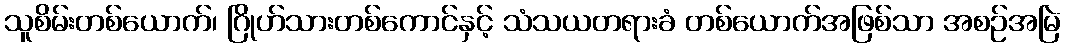
သူစိမ်းတစ်ယောက်၊ ဂြိုဟ်သားတစ်ကောင်နှင့် သံသယတရားခံ တစ်ယောက်အဖြစ်သာ အစဉ်အမြဲ